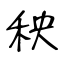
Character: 秧